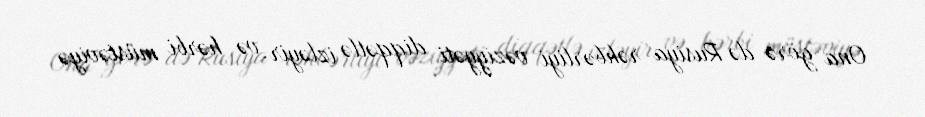
Ona görə də Rusiya rəhbərliyi vəziyyəti diqqətlə izləyir və hərbi müstəviyə